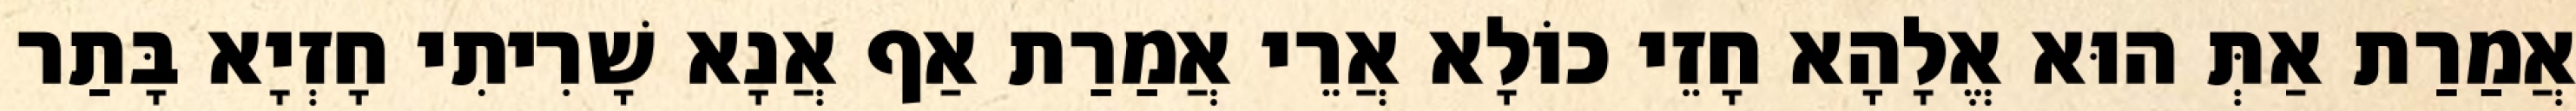
אֲמַרַת אַתְּ הוּא אֱלָהָא חָזֵי כוֹלָא אֲרֵי אֲמַרַת אַף אֲנָא שָׁרִיתִי חָזְיָא בָּתַר